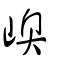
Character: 嶴